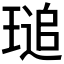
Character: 𤧫